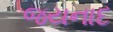
જયનાદ